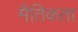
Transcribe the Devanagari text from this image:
मैतिकता